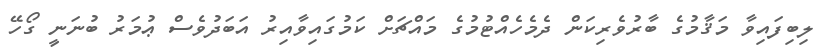
ލިބިފައިވާ މަޤާމުގެ ބާރުވެރިކަން ދެމެހެއްޓުމުގެ މައްޗަށް ކަމުގައިވާއިރު އަބަދުވެސް ޢުމަރު ބުނަނީ ގޯހޭ